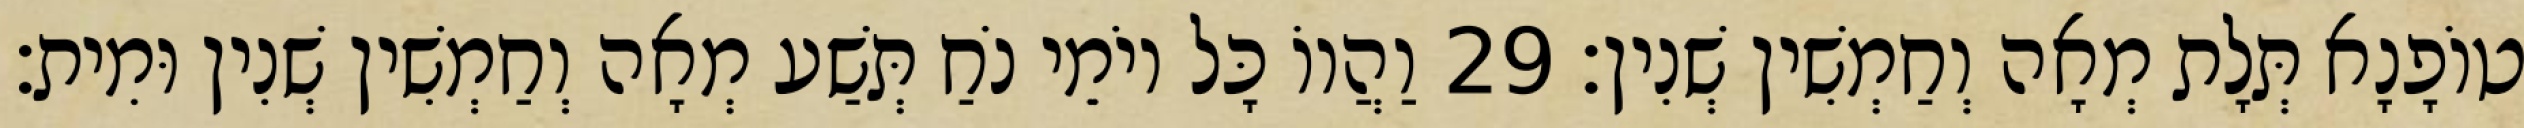
טוֹפָנָא תְּלָת מְאָה וְחַמְשִׁין שְׁנִין׃ 29 וַהֲווֹ כָּל יוֹמֵי נֹחַ תְּשַׁע מְאָה וְחַמְשִׁין שְׁנִין וּמִית׃